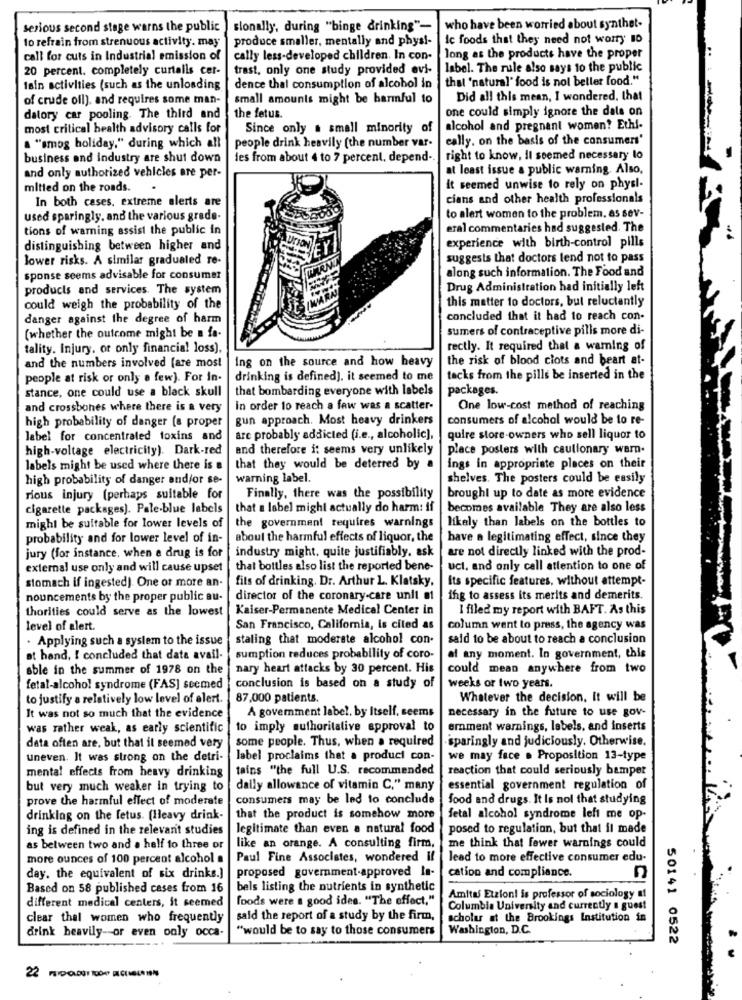
serious second stage warns the public]
slonally, during "binge drinking"-
who have been worried about synthet-
to refrain from strenuous activity. may
produce smaller, mentally and physi-
Ic foods that they need not worry 10
call for cuts in Industrial emission of
cally less-developed children. In con-
long as the products have the proper
20 percent. completely curtails cer-
trast, only one study provided evi-
label. The rule also says to the public
that 'natural' food is nol beller food."
tain activities (such as the unloading
dence thai consumption of alcohol in
of crude oil), and requires some man-
small amounts might be harmful to
Did all this mean, I wondered. that
one could simply ignore the date on
datory car pooling. The third and
the fetus.
most critical health advisory calls for
Since only a small minority of
alcohol and pregnant women? Ethi-
cally. on the basis of the consumers'
a "smog holiday," during which all
people drink heavily (the number var.
business and industry are shut down
les from about 4 to 7 percent, depend-
right to know, il seemed necessary to
at least issue a public warning. Also,
and only authorized vehicles are per-
mitted on the roads.
.
it seemed unwise to rely on physi-
In both cases, extreme alerts are
cians and other health professionals
used sparingly, and the various grade-
to alert women to the problem. as sev-
tions of warning assist the public in
eral commentaries had suggested. The
distinguishing between higher and
experience with birth-control pills
lower risks. A similar graduated re-
suggests that doctors tend not to pass
along such information. The Food and
sponse seems advisable for consumer
products and services. The system
Drug Administration had initially left
this matter to doctors, but reluctantly
could weigh the probability of the
danger against the degree of harm
concluded that it had to reach con-
sumers of contraceptive pills more di-
(whether the outcome might be a fa-
tality. Injury, or only financial loss),
rectly. It required that a warning of
ing on the source and how heavy
the risk of blood clots and beart at-
and the numbers involved [are most
people at risk or only a few). For in-
drinking is defined). it seemed to me
tacks from the pills be inserted in the
stance, one could use a black skull
that bombarding everyone with labels
packages.
and crossbones where there is a very
in order to reach a few was a scatter-
One low-cost method of reaching
high probability of danger (a proper
gun approach. Most heavy drinkers
consumers of alcohol would be to re-
label for concentrated toxins and
are probably addicted (i.e ., alcoholic],
quire store-owners who sell liquor to
high-voltage electricity). Dark-red
and therefore it seems very unlikely
place posters with cautionary warn.
labels might be used where there is a
that they would be deterred by a
ings in appropriate places on their
high probability of danger and/or se-
warning label.
shelves. The posters could be easily
rious injury (perhaps suitable for
Finally, there was the possibility
brought up to date as more evidence
cigarette packages). Pale.blue labels
that a label might actually do harm: if
becomes available They are also less
might be suitable for lower levels of
the government requires warnings
likely than labels on the bottles to
probability and for lower level of in-
about the harmful effects of liquor, the
have a legitimating effect, since they
industry might, quite justifiably, ask
are not directly linked with the prod-
jury (for instance, when e drug is for
external use only and will cause upset
that bottles also list the reported bene-
uct. and only call attention to one of
fits of drinking. Dr. Arthur L. Klatsky,
Its specific features, without attempt-
stomach if ingested). One or more an-
nouncements by the proper public au-
director of the coronary-care unit #1
ing to assess its merits and demerits.
thorities could serve as the lowest
Kaiser-Permanente Medical Center in
I filed my report with BAFT. As this
level of alert.
San Francisco, California, is cited as
column went to press, the agency was
. Applying such a system to the issue
staling that moderate alcohol con-
said to be about to reach a conclusion
at hand, ! concluded that data avail-
sumption reduces probability of coro-
al any moment. In government, this
sble in the summer of 1978 on the
nary heart attacks by 30 percent. His
could mean anywhere from two
weeks or two years.
fetal-alcohol syndrome (FAS] seemed
conclusion is based on a study of
to justify a relatively low level of alert.
87,000 patients.
Whatever the decision. It will be
It was not so much that the evidence
A goverment label, by Itself, seems
necessary in the future to use gov-
was rather weak, as early scientific
to imply authoritative approval to
emment warnings, labels, and inserts
some people. Thus, when a required
-sparingly and judiciously. Otherwise.
data often are, but that il seemed very
uneven. It was strong on the detri-
label proclaims that a product con-
we may face . Proposition 13-type
tains "the full U.S. recommended
reaction that could seriously bampet
mental effects from heavy drinking
but very much weaker In trying to
daily allowance of vitamin C," many
essential government regulation of
prove the harmful effect of moderate
consumers may be led to conclude
food and drugs. It Is not that studying
drinking on the fetus. (Heavy drink-
that the product is somehow more
fetal alcohol syndrome left me op-
ing is defined in the relevant studies
legitimate than even a natural food
posed to regulation, but that il made
me think that fewer warnings could
as between two and a half to three or
like an orange. A consulting firm.
more ounces of 100 percent alcohol a
Paul Fine Associates, wondered if
lead to more effective consumer edu-
proposed government-approved Is-
day. the equivalent of six drinks.)
cation and compliance.
Based on 58 published cases from 16
bels listing the nutrients in synthetic
foods were a good ides. "The effect,"
Amitas Etzioni is professor of sociology af
different medical centers, it seemed
Columbia University and currently a guest
clear thal women who frequently
said the report of a study by the firm,
scholar at the Brookings Institution in
"would be to say to those consumers
Washington, D.C.
drink heavily-or even only occa-
50141 0522